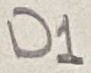
Text: D1